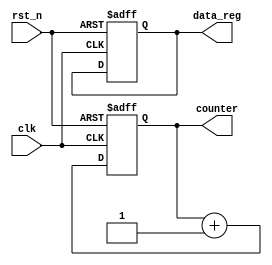
module parameter_focused_initialization #(
    parameter INIT_VALUE = 8'h00,    // Initial value for registers
    parameter COUNTER_SIZE = 4,      // Size of the counter
    parameter OP_MODE = 1'b0          // Operational mode (0 or 1)
)(
    input wire clk,                   // Clock input
    input wire rst_n,                 // Active-low reset
    output reg [COUNTER_SIZE-1:0] counter, // Counter output
    output reg [7:0] data_reg         // Data register output
);

    // Internal state variable
    reg [7:0] internal_reg;

    // Initialization logic
    initial begin
        counter = 0;                  // Initialize counter to 0
        data_reg = INIT_VALUE;        // Initialize data register with INIT_VALUE
        internal_reg = INIT_VALUE;    // Initialize internal register
    end

    // Reset handling
    always @(posedge clk or negedge rst_n) begin
        if (!rst_n) begin
            // Reset state based on parameters
            counter <= 0;              // Reset counter
            data_reg <= INIT_VALUE;    // Reset data register
            internal_reg <= INIT_VALUE; // Reset internal register
        end else begin
            // Conditional initialization based on operational mode
            if (OP_MODE == 1'b0) begin
                // Mode 0: Increment counter
                counter <= counter + 1;
            end else begin
                // Mode 1: Load a specific value into the data register
                data_reg <= internal_reg; // Load internal register value
            end
        end
    end

    // Additional logic can be added here for further functionality

endmodule